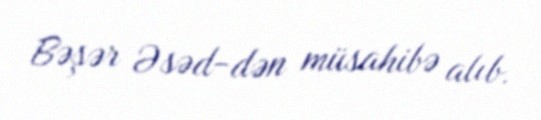
Bəşər Əsəd-dən müsahibə alıb.